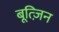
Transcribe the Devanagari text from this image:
बूत्ज़िन